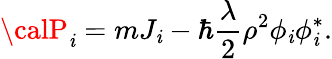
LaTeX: {\calP}_{\mathit{i}}=mJ_{\mathit{i}}-\hbar{\frac{{\lambda}}{{2}}}\rho^{2}\phi_{\mathit{i}}\phi_{\mathit{i}}^{*}.